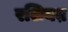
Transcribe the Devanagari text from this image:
रशियऩ